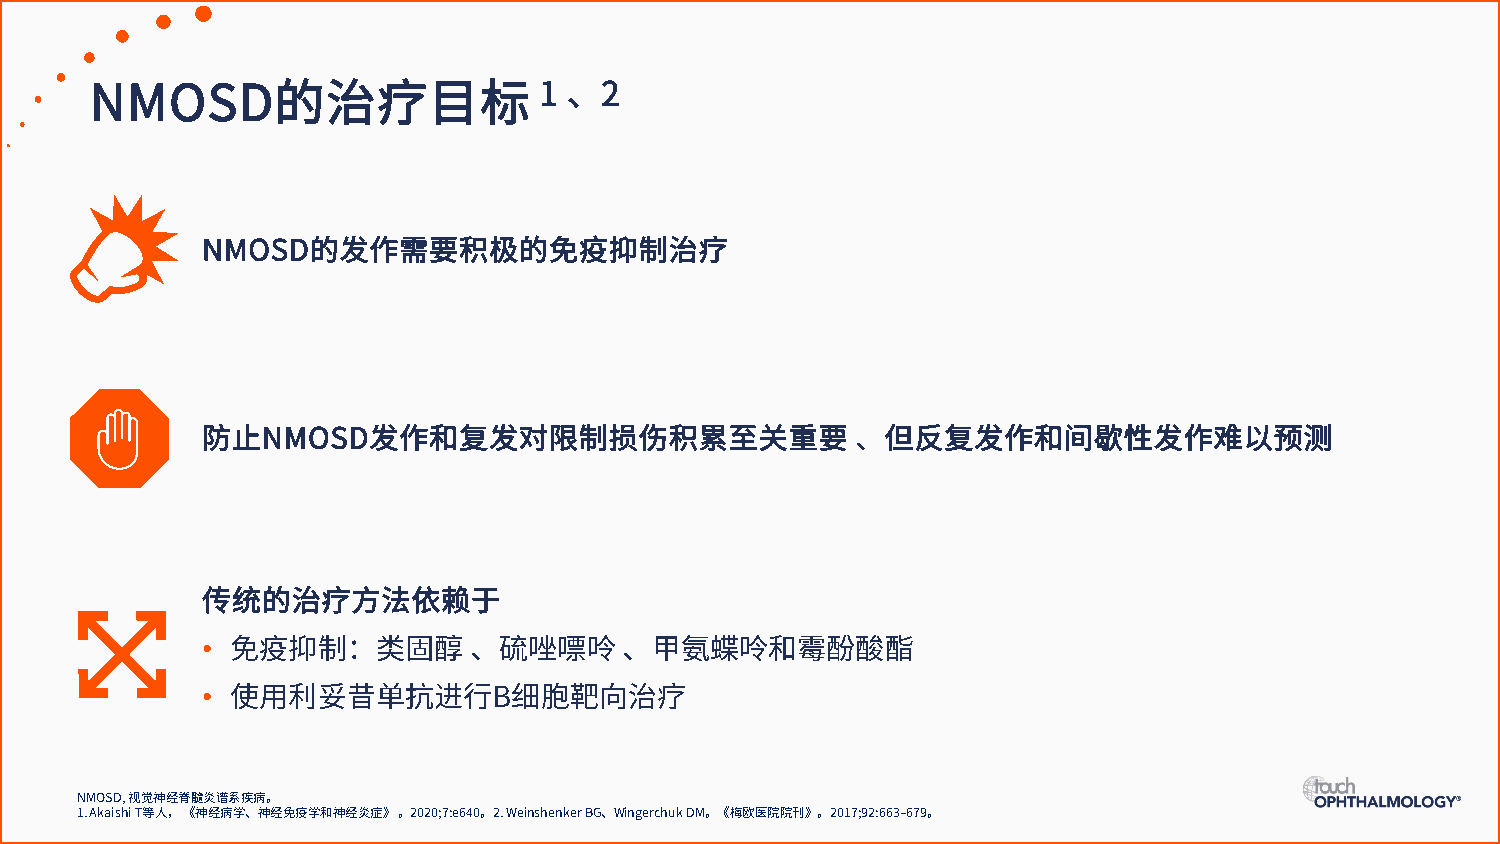
1 、2
 NMOSD的治疗目标
 NMOSD的发作需要积极的免疫抑制治疗
 防止NMOSD发作和复发对限制损伤积累至关重要                     、但反复发作和间歇性发作难以预测
 传统的治疗方法依赖于
 •
 免疫抑制：类固醇        、硫唑嘌呤     、甲氨蝶呤和霉酚酸酯
 •
 使用利妥昔单抗进行B细胞靶向治疗
 NMOSD, 视觉神经脊髓炎谱系疾病。
 1. Akaishi T等人，《神经病学、神经免疫学和神经炎症》。2020;7:e640。2. WeinshenkerBG、WingerchukDM。《梅欧医院院刊》。2017;92:663–679。